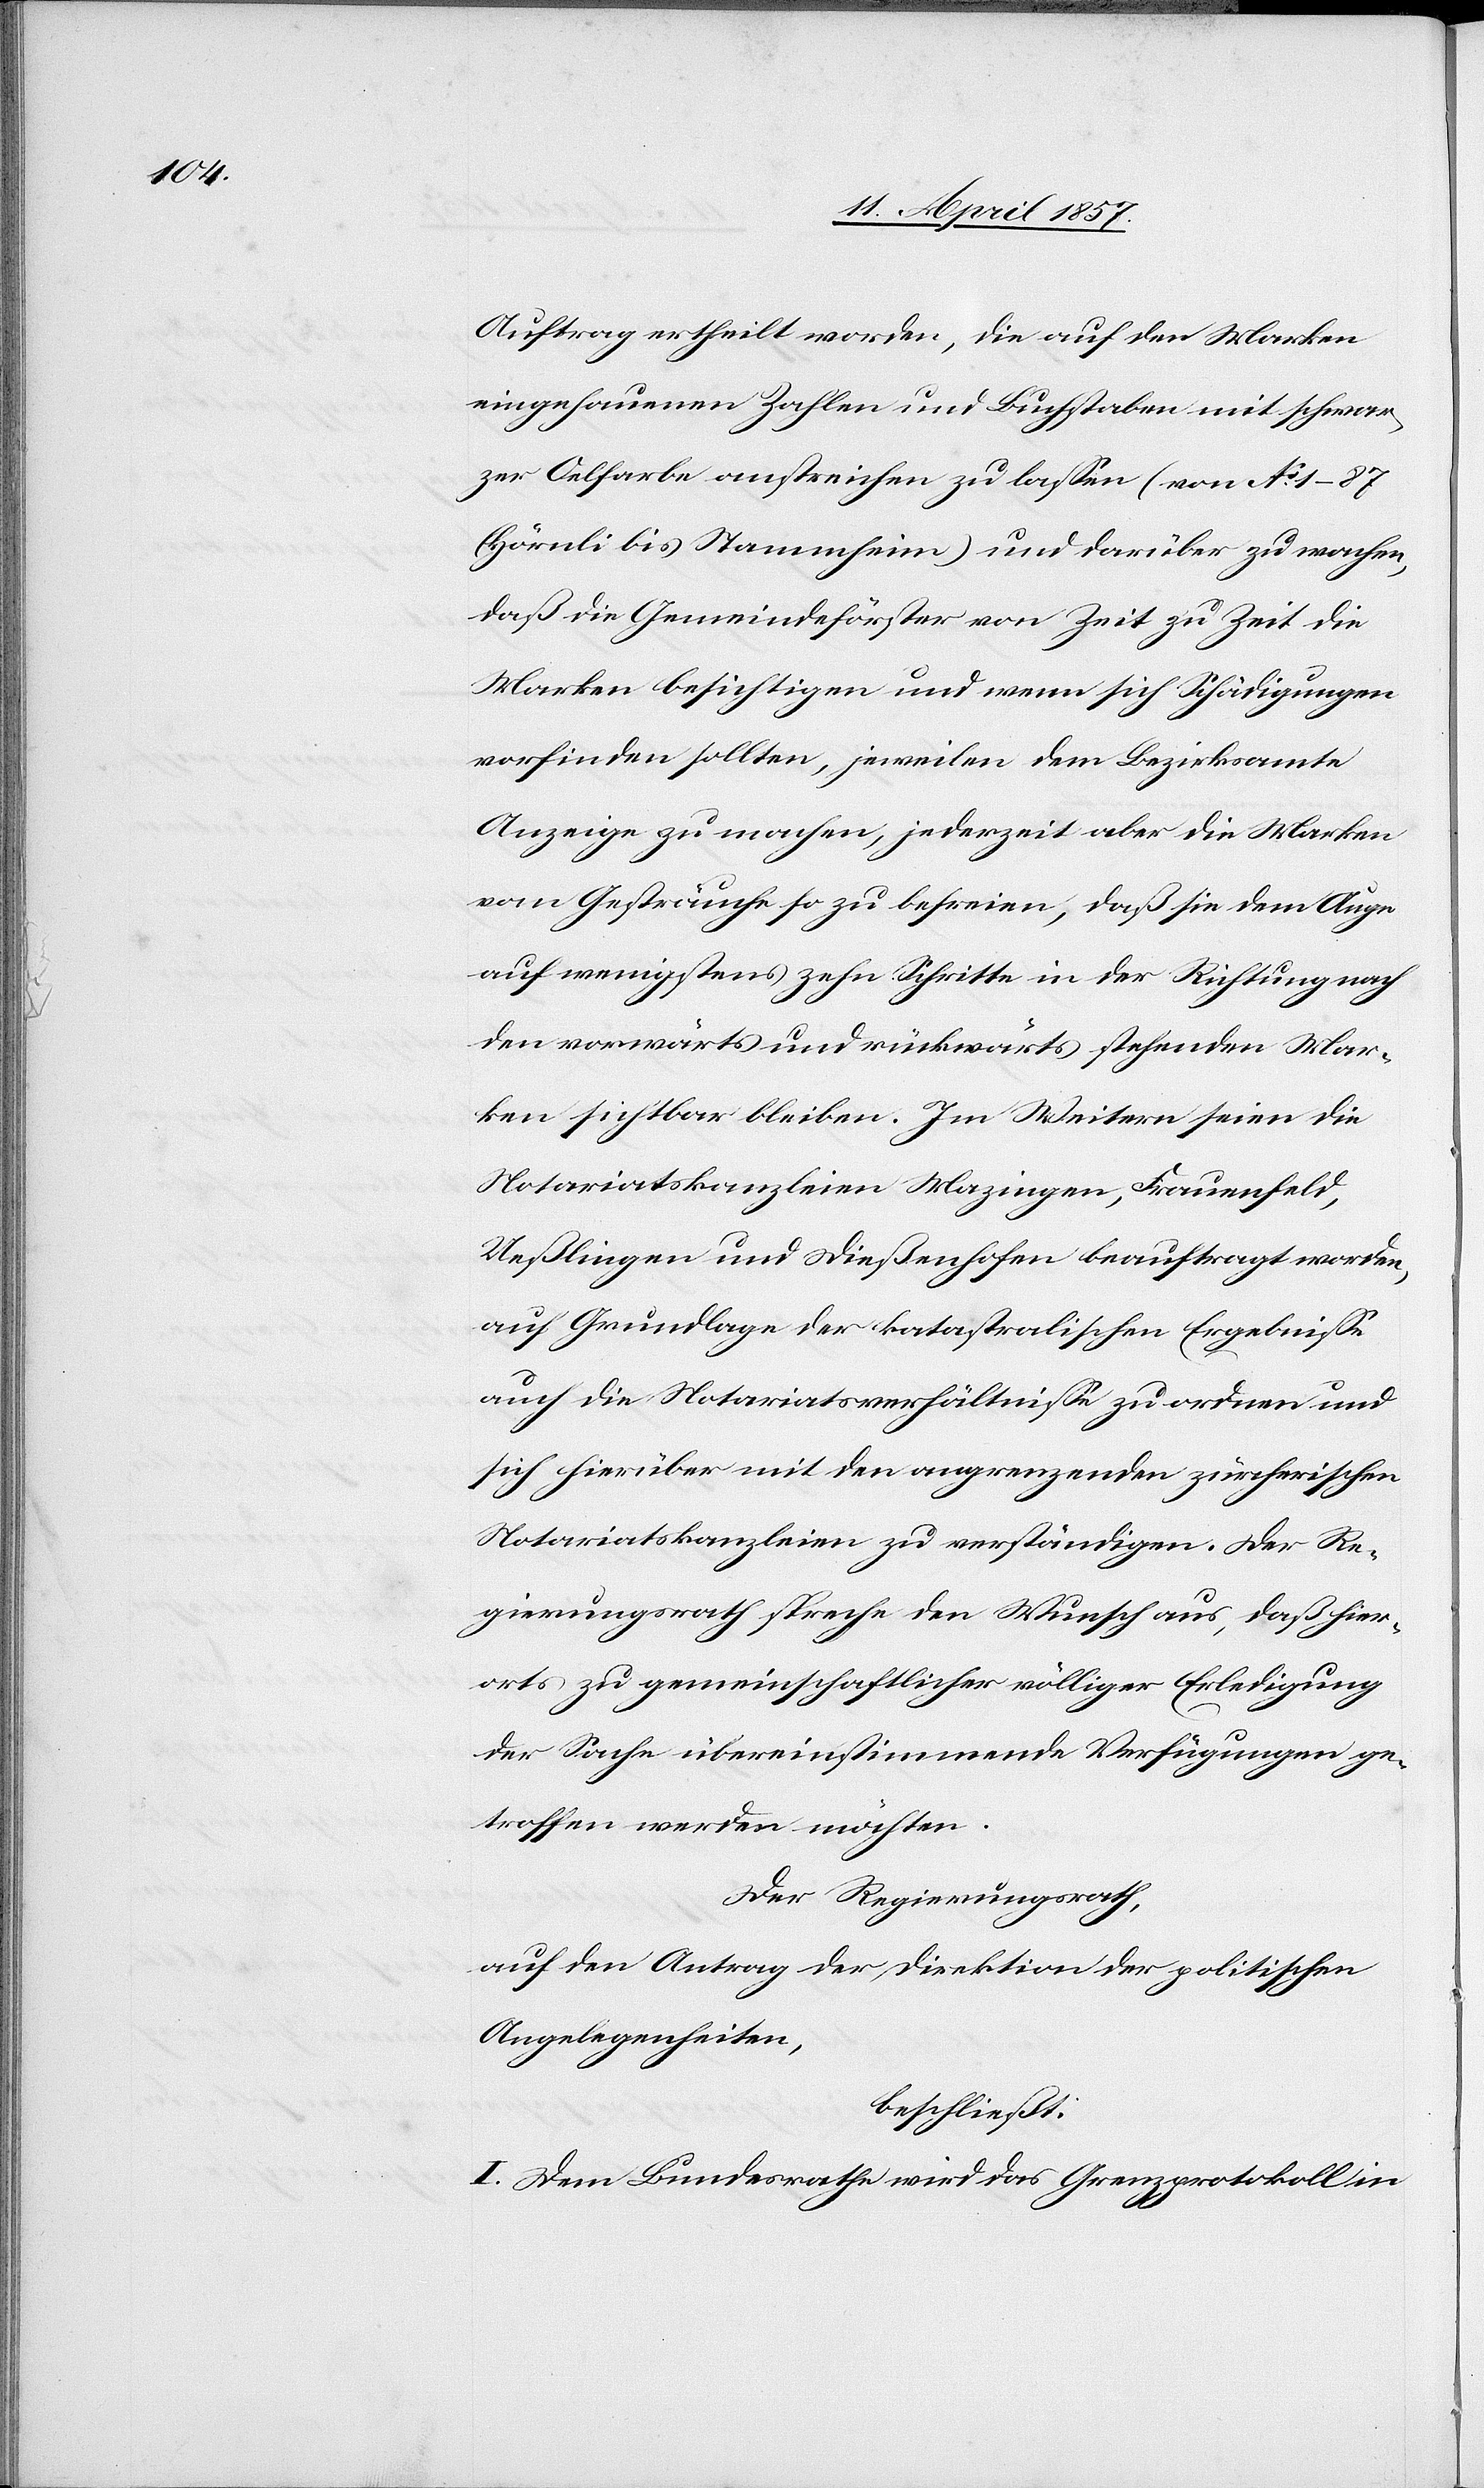
Auftrag ertheilt worden, die auf den Marken
eingehauenen Zahlen und Buchstaben mit schwar¬
zer Oelfarbe anstreichen zu lassen (von No 1–87
(Hörnli bis Stammheim)) und darüber zu wachen,
daß die Gemeindeförster von Zeit zu Zeit die
Marken besichtigen und wenn sich Schädigungen
vorfinden sollten, jeweilen dem Bezirksamte
Anzeige zu machen, jederzeit aber die Marken
vom Gesträuche so zu befreien, daß sie dem Auge
auf wenigstens zehn Schritte in der Richtung nach
den vorwärts und rückwärts stehenden Mar¬
ken sichtbar bleiben. Im Weitern seien die
Notariatskanzleien Mazingen, Frauenfeld,
Ueßlingen und Dießenhofen beauftragt worden,
auf Grundlage der katastralischen Ergebnisse
auch die Notariatsverhältnisse zu ordnen und
sich hierüber mit den angrenzenden zürcherischen
Notariatskanzleien zu verständigen. Der Re¬
gierungsrath spreche den Wunsch aus, daß hier¬
orts zu gemeinschaftlicher völliger Erledigung
der Sache übereinstimmende Verfügungen ge¬
troffen werden möchten.
Der Regierungsrath,
auf den Antrag der Direktion der politischen
Angelegenheiten,
beschließt:
I. Dem Bundesrathe wird das Grenzprotokoll in